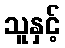
သူနှင့်